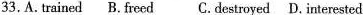
33.A.Trained B. Freed C. Destroyed D. Interested